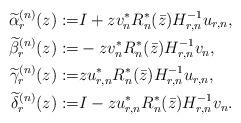
LaTeX: \begin{align*} \widetilde \alpha_r^{(n)}(z):=&I+z v_n^*R_n^*(\bar z)H_{r,n}^{-1}u_{r,n}, \\ \widetilde\beta_r^{(n)}(z):=& -z v_n^*R_n^*(\bar z)H_{r,n}^{-1}v_n, \\ \widetilde\gamma_r^{(n)}(z):=& z u_{r,n}^*R_n^*(\bar z)H_{r,n}^{-1}u_{r,n}, \\ \widetilde\delta_r^{(n)}(z):=& I-z u_{r,n}^*R_n^*(\bar z)H_{r,n}^{-1}v_n. \end{align*}